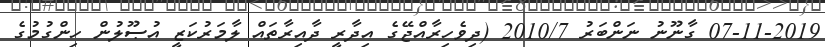
07-11-2019 ގާނޫނު ނަންބަރު 2010/7 (ދިވެހިރާއްޖޭގެ އިދާރީ ދާއިރާތައް ލާމަރުކަޒީ އުޞޫލުން ހިންގުމުގެ